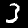
Digit: 3